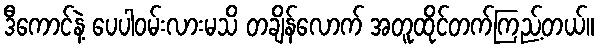
ဒီကောင်နဲ့ ပေပါဝမ်းလားမသိ တချိန်လောက် အတူထိုင်တက်ကြည့်တယ်။